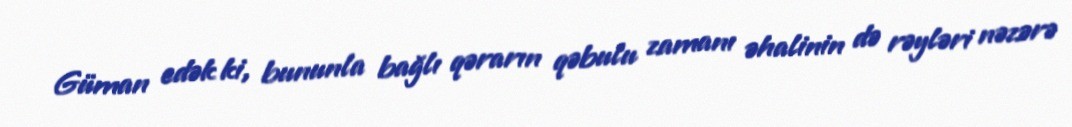
Güman edək ki, bununla bağlı qərarın qəbulu zamanı əhalinin də rəyləri nəzərə